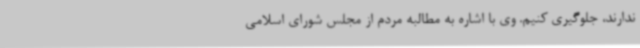
ندارند، جلوگیری کنیم. وی با اشاره به مطالبه مردم از مجلس شورای اسلامی